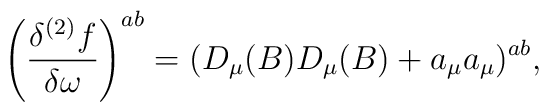
\left( \frac{\delta^{(2)} f}{\delta \omega} \right)^{ab} =(D_{\mu} (B) D_{\mu} (B) + a_{\mu} a_{\mu})^{ab},